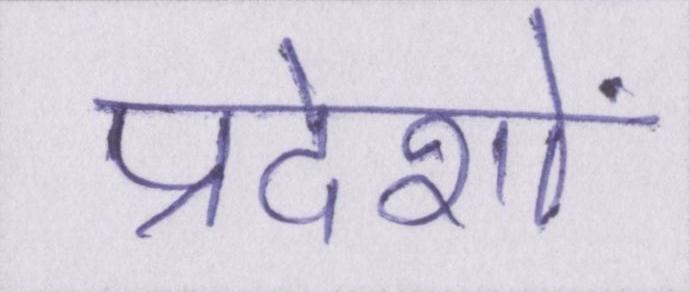
प्रदेशों